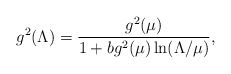
\begin{align*}g^2(\Lambda) = \frac{g^2(\mu)}{1+bg^2(\mu)\ln(\Lambda/\mu)},\end{align*}